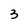
Character: 3